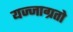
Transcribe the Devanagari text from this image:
यज्जाग्रतो